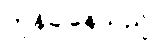
တုန်ခါနေသည်